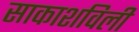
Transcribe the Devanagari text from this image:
साकाशविली